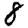
Digit: 8